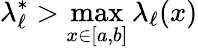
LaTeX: \lambda_{\ell}^{*}>\operatorname*{max}_{x\in[a,b]}\lambda_{\ell}(x)